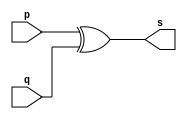
// -------------------------
// Exemplo0007 - XOR 
// Nome: Douglas Cruz de Matos 
// ------------------------- 
// ------------------------- 
// -- xor gate
// ------------------------- 
	module xorgate ( output s, input p, input q);
		assign s =p ^ q; 
	endmodule // xorgate
// --------------------- 
// -- test xor gate 
// --------------------- 
	module testxorgate;
// ------------------------- dados locais
		reg a, b; // definir registradores 
		wire s; // definir conexao (fio) 
// ------------------------- instancia 
		xorgate XOR1 (s, a, b);
// ------------------------- preparacao 
		initial begin:start 
			a=0; b=0; 
		end
// ------------------------- parte principal 
		initial begin 
			$display("Exemplo0007 - Douglas Cruz de Matos - 433134"); 
			$display("Testando a porta XOR"); 
			$display("\n(a ^ b) = s\n"); 
			a=0; b=0; 
			#1 $display("(%b ^ %b) = %b", a, b, s); 
			a=0; b=1; 
			#1 $display("(%b ^ %b) = %b", a, b, s); 
			a=1; b=0; 
			#1 $display("(%b ^ %b) = %b", a, b, s); 
			a=1; b=1; 
			#1 $display("(%b ^ %b) = %b", a, b, s); 
		end 
endmodule // testXORgate